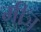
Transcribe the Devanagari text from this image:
मीञ